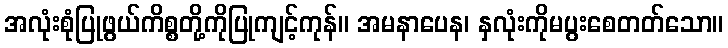
အလုံးစုံပြုဖွယ်ကိစ္စတို့ကိုပြုကျင့်ကုန်။ အမနာပေန၊ နှလုံးကိုမပွးစေတတ်သော။